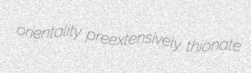
orientality preextensively thionate